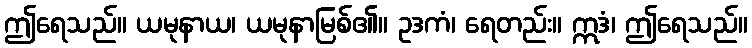
ဤရေသည်။ ယမုနာယ၊ ယမုနာမြစ်၏။ ဥဒကံ၊ ရေတည်း။ ဣဒံ၊ ဤရေသည်။